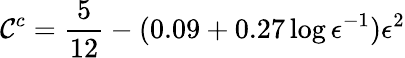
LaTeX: \mathcal{C}^{c}=\frac{{5}}{{12}}-(0.09+0.27\log{\epsilon^{-1}})\epsilon^{2}